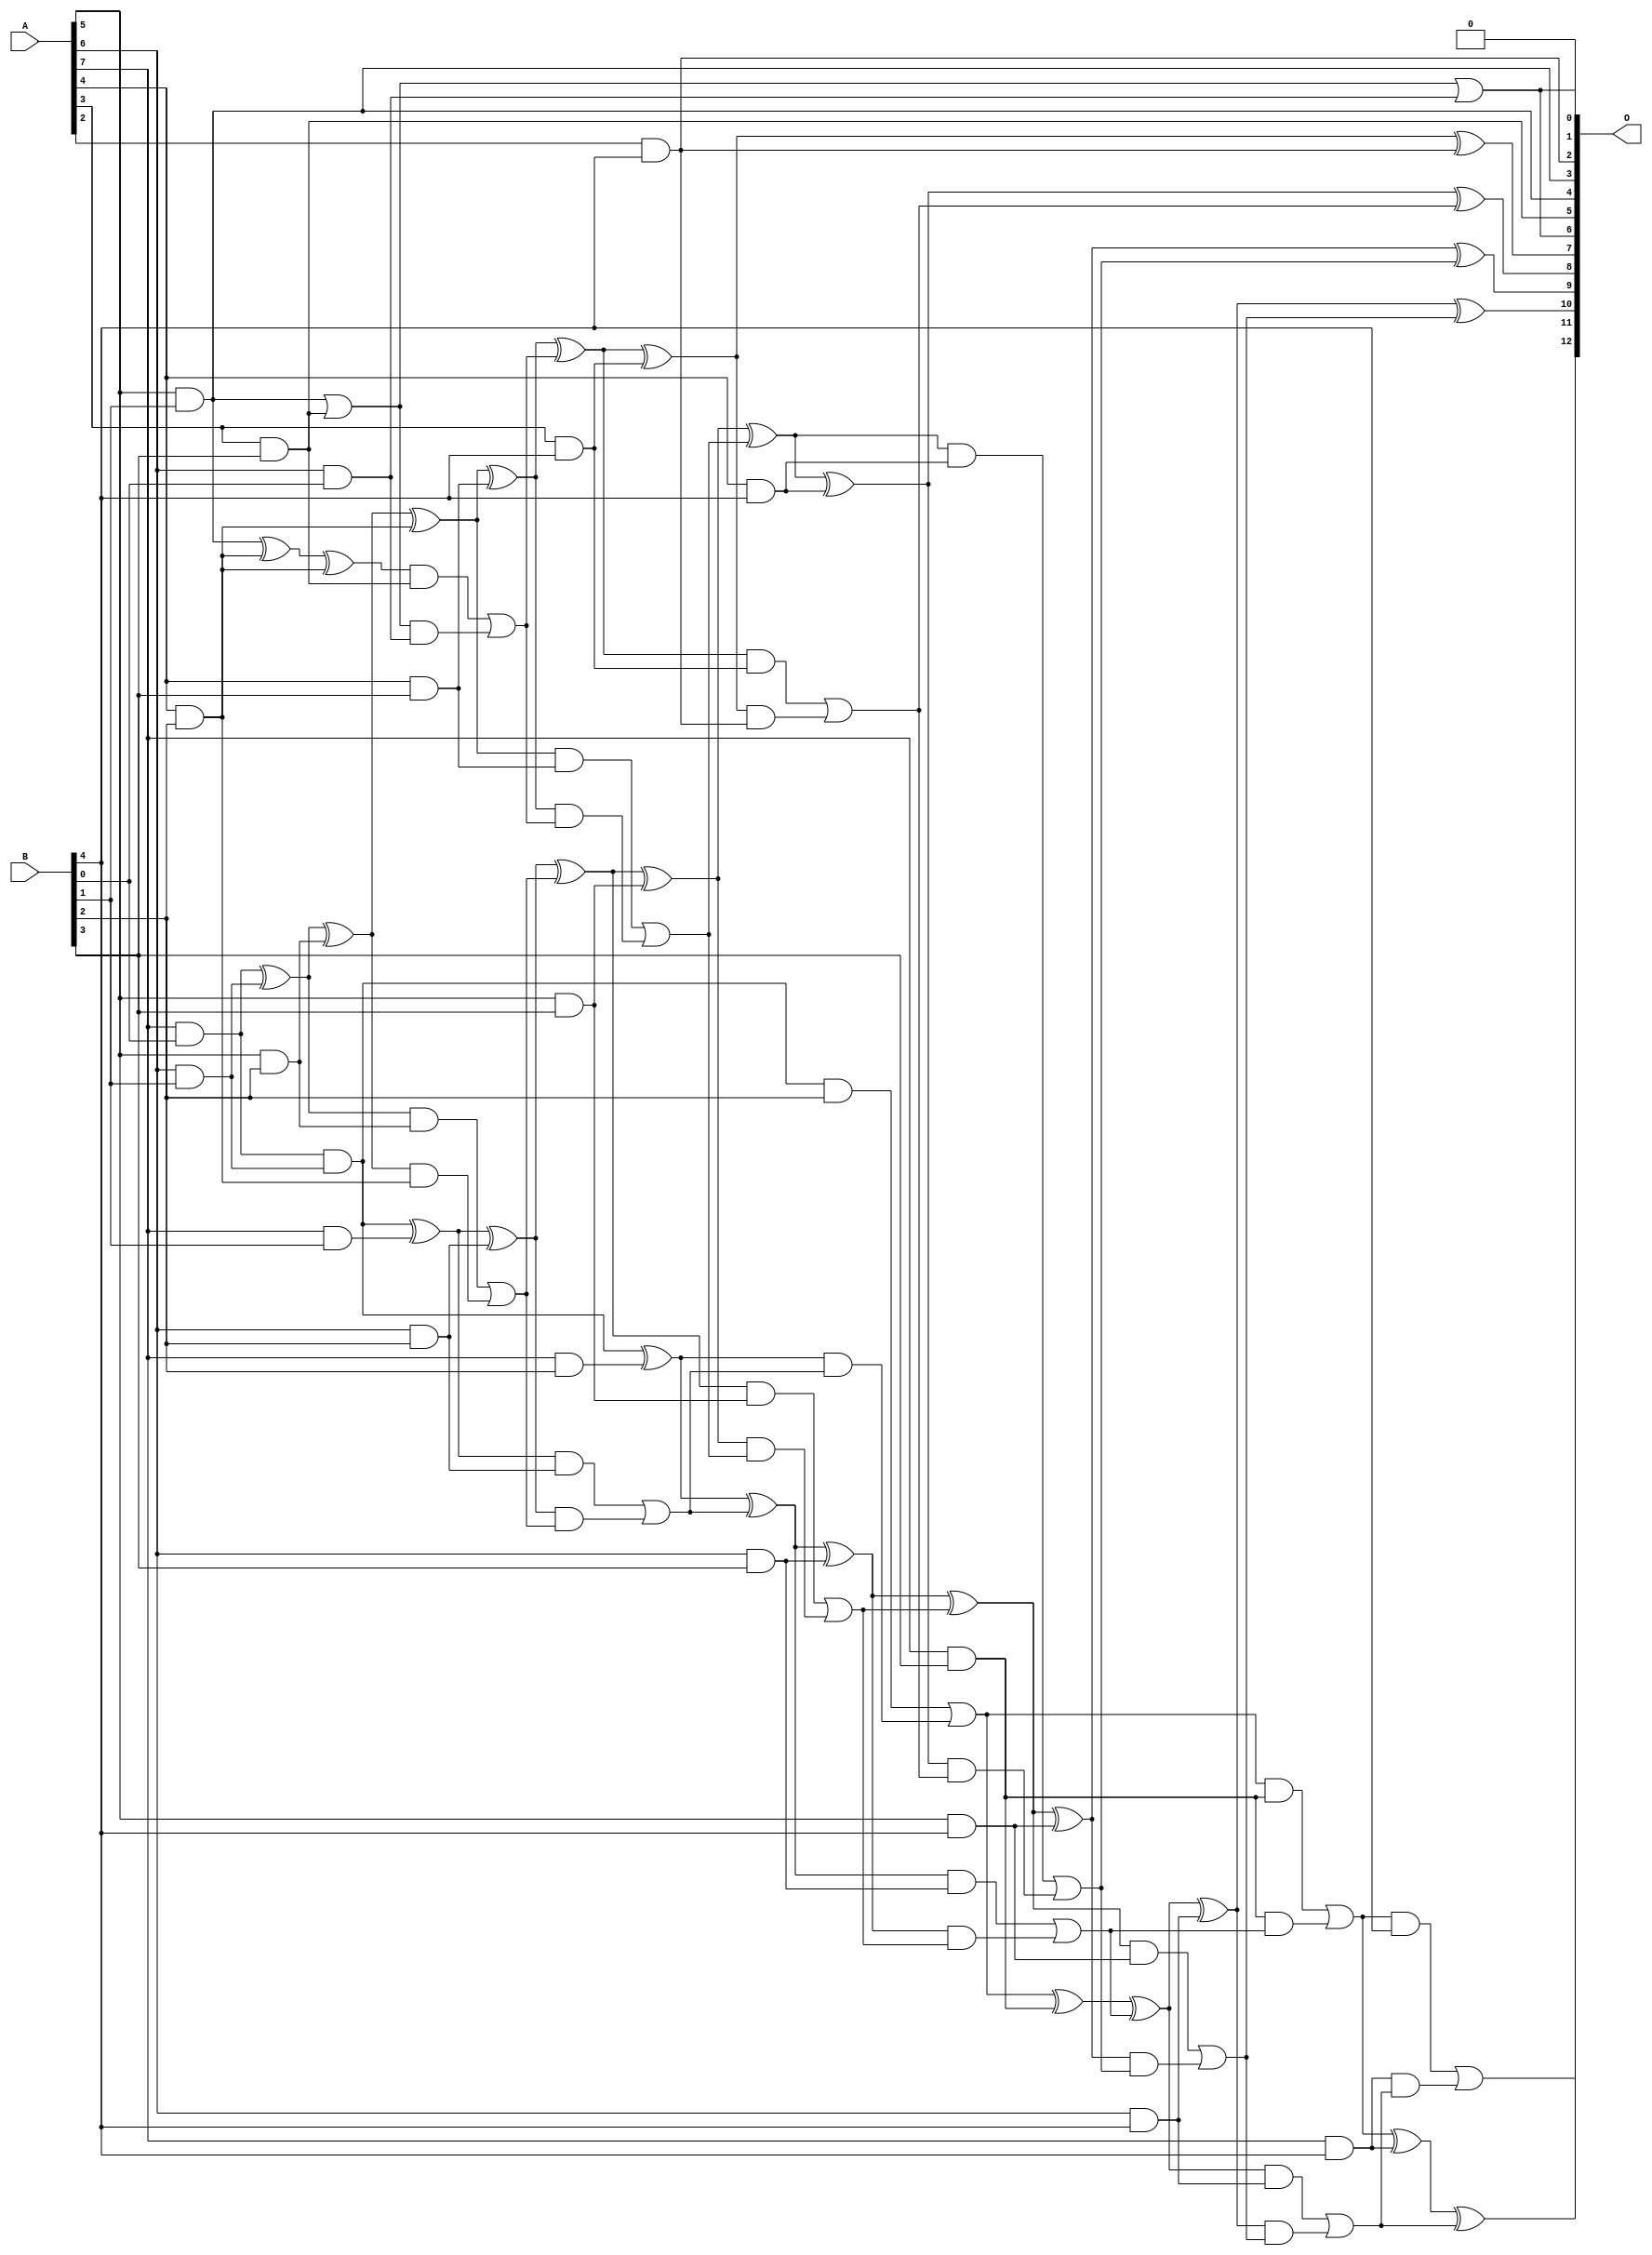
// This program was cloned from: https://github.com/ehw-fit/evoapproxlib
// License: MIT License

/***
* This code is a part of EvoApproxLib library (ehw.fit.vutbr.cz/approxlib) distributed under The MIT License.
* When used, please cite the following article(s): V. Mrazek, L. Sekanina, Z. Vasicek "Libraries of Approximate Circuits: Automated Design and Application in CNN Accelerators" IEEE Journal on Emerging and Selected Topics in Circuits and Systems, Vol 10, No 4, 2020 
* This file contains a circuit from a sub-set of pareto optimal circuits with respect to the pwr and mse parameters
***/
// MAE% = 0.47 %
// MAE = 38 
// WCE% = 1.66 %
// WCE = 136 
// WCRE% = 106.25 %
// EP% = 94.41 %
// MRE% = 8.50 %
// MSE = 2287 
// PDK45_PWR = 0.089 mW
// PDK45_AREA = 211.7 um2
// PDK45_DELAY = 0.95 ns

module mul8x5u_613 (
    A,
    B,
    O
);

input [7:0] A;
input [4:0] B;
output [12:0] O;

wire sig_20,sig_26,sig_27,sig_28,sig_56,sig_57,sig_62,sig_67,sig_68,sig_69,sig_70,sig_80,sig_87,sig_88,sig_91,sig_93,sig_94,sig_95,sig_96,sig_97;
wire sig_98,sig_99,sig_100,sig_101,sig_102,sig_103,sig_104,sig_105,sig_106,sig_107,sig_111,sig_112,sig_113,sig_114,sig_115,sig_128,sig_129,sig_130,sig_131,sig_132;
wire sig_133,sig_134,sig_135,sig_136,sig_137,sig_138,sig_139,sig_140,sig_141,sig_142,sig_143,sig_144,sig_145,sig_146,sig_147,sig_148,sig_149,sig_150,sig_151,sig_152;
wire sig_155,sig_156,sig_157,sig_158,sig_159,sig_160,sig_173,sig_174,sig_175,sig_176,sig_177,sig_178,sig_179,sig_180,sig_181,sig_182,sig_183,sig_184,sig_185,sig_186;
wire sig_187,sig_188,sig_189,sig_190,sig_191,sig_192,sig_193,sig_194,sig_195,sig_196,sig_197;

assign sig_20 = A[7] & B[0];
assign sig_26 = A[5] & B[1];
assign sig_27 = A[6] & B[1];
assign sig_28 = A[7] & B[1];
assign sig_56 = sig_20 ^ sig_27;
assign sig_57 = sig_20 & sig_27;
assign sig_62 = sig_57 ^ sig_28;
assign sig_67 = A[4] & B[2];
assign sig_68 = A[5] & B[2];
assign sig_69 = A[6] & B[2];
assign sig_70 = A[7] & B[2];
assign sig_80 = A[6] & B[0];
assign sig_87 = B[2] & A[4];
assign sig_88 = sig_26 ^ sig_67;
assign sig_91 = sig_88 ^ sig_87;
assign sig_93 = sig_56 ^ sig_68;
assign sig_94 = sig_56 & sig_68;
assign sig_95 = sig_93 & sig_87;
assign sig_96 = sig_93 ^ sig_67;
assign sig_97 = sig_94 | sig_95;
assign sig_98 = sig_62 ^ sig_69;
assign sig_99 = sig_62 & sig_69;
assign sig_100 = sig_98 & sig_97;
assign sig_101 = sig_98 ^ sig_97;
assign sig_102 = sig_99 | sig_100;
assign sig_103 = sig_57 ^ sig_70;
assign sig_104 = sig_57 & B[2];
assign sig_105 = sig_103 & sig_102;
assign sig_106 = sig_103 ^ sig_102;
assign sig_107 = sig_104 | sig_105;
assign sig_111 = A[3] & B[3];
assign sig_112 = A[4] & B[3];
assign sig_113 = A[5] & B[3];
assign sig_114 = A[6] & B[3];
assign sig_115 = A[7] & B[3];
assign sig_128 = sig_26 | sig_111;
assign sig_129 = sig_91 & sig_111;
assign sig_130 = sig_128 & sig_80;
assign sig_131 = sig_128 | sig_80;
assign sig_132 = sig_129 | sig_130;
assign sig_133 = sig_96 ^ sig_112;
assign sig_134 = sig_96 & sig_112;
assign sig_135 = sig_133 & sig_132;
assign sig_136 = sig_133 ^ sig_132;
assign sig_137 = sig_134 | sig_135;
assign sig_138 = sig_101 ^ sig_113;
assign sig_139 = sig_101 & sig_113;
assign sig_140 = sig_138 & sig_137;
assign sig_141 = sig_138 ^ sig_137;
assign sig_142 = sig_139 | sig_140;
assign sig_143 = sig_106 ^ sig_114;
assign sig_144 = sig_106 & sig_114;
assign sig_145 = sig_143 & sig_142;
assign sig_146 = sig_143 ^ sig_142;
assign sig_147 = sig_144 | sig_145;
assign sig_148 = sig_107 ^ sig_115;
assign sig_149 = sig_107 & sig_115;
assign sig_150 = sig_115 & sig_147;
assign sig_151 = sig_148 ^ sig_147;
assign sig_152 = sig_149 | sig_150;
assign sig_155 = A[2] & B[4];
assign sig_156 = A[3] & B[4];
assign sig_157 = A[4] & B[4];
assign sig_158 = A[5] & B[4];
assign sig_159 = A[6] & B[4];
assign sig_160 = A[7] & B[4];
assign sig_173 = sig_136 ^ sig_156;
assign sig_174 = sig_136 & sig_156;
assign sig_175 = sig_173 & sig_155;
assign sig_176 = sig_173 ^ sig_155;
assign sig_177 = sig_174 | sig_175;
assign sig_178 = sig_141 ^ sig_157;
assign sig_179 = sig_141 & sig_157;
assign sig_180 = sig_178 & sig_177;
assign sig_181 = sig_178 ^ sig_177;
assign sig_182 = sig_179 | sig_180;
assign sig_183 = sig_146 ^ sig_158;
assign sig_184 = sig_146 & sig_158;
assign sig_185 = sig_183 & sig_182;
assign sig_186 = sig_183 ^ sig_182;
assign sig_187 = sig_184 | sig_185;
assign sig_188 = sig_151 ^ sig_159;
assign sig_189 = sig_151 & sig_159;
assign sig_190 = sig_188 & sig_187;
assign sig_191 = sig_188 ^ sig_187;
assign sig_192 = sig_189 | sig_190;
assign sig_193 = sig_152 ^ sig_160;
assign sig_194 = sig_152 & B[4];
assign sig_195 = sig_160 & sig_192;
assign sig_196 = sig_193 ^ sig_192;
assign sig_197 = sig_194 | sig_195;

assign O[12] = sig_197;
assign O[11] = sig_196;
assign O[10] = sig_191;
assign O[9] = sig_186;
assign O[8] = sig_181;
assign O[7] = sig_176;
assign O[6] = sig_131;
assign O[5] = sig_111;
assign O[4] = sig_26;
assign O[3] = sig_26;
assign O[2] = sig_155;
assign O[1] = 1'b0;
assign O[0] = sig_131;

endmodule